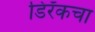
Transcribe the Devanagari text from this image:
डिरॅकचा